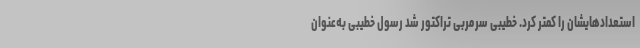
استعدادهایشان را کمتر کرد. خطیبی سرمربی تراکتور شد رسول خطیبی به‌عنوان